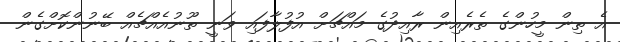
އެ ތިން މީހުންގެ ތެރެއިން ރާއިދުގެ މައްޗަށް އުފުލާފައި ވަނީ ތޫނުއެއްޗެއް ބޭނުންކޮށްގެން